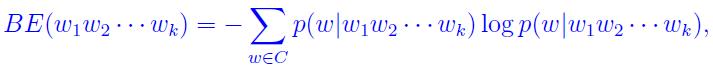
\[
B E(w_1 w_2 \cdots w_k)=-\sum_{w \in \mathcal{C}} p(w \mid w_1 w_2 \cdots w_k) \log p(w \mid w_1 w_2 \cdots w_k),
\]